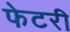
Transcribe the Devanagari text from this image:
फेटरी